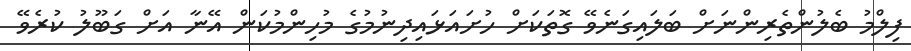
ފިލްމު ބެލުންތެރިންނަށް ބަލައިގަނެވޭ ގޮތަކަށް ހުށައަޅައިދިނުމުގެ މުހިންމުކަން އޭނާ އަށް ގަބޫލު ކުރެވޭ